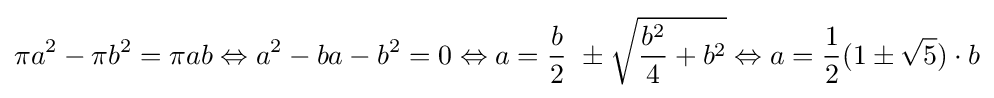
\pi a^{2}-\pi b^{2}=\pi ab\Leftrightarrow a^{2}-ba-b^{2}=0\Leftrightarrow a={\frac {b}{2}}\ \pm {\sqrt {{\frac {b^{2}}{4}}+b^{2}}}\Leftrightarrow a={\frac {1}{2}}(1\pm {\sqrt {5}})\cdot b